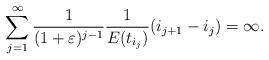
LaTeX: \begin{align*} \sum_{j = 1}^{\infty} \frac{1}{(1+\varepsilon)^{j-1}}\frac{1}{E(t_{i_{j}})} (i_{j+1} - i_j) = \infty. \end{align*}